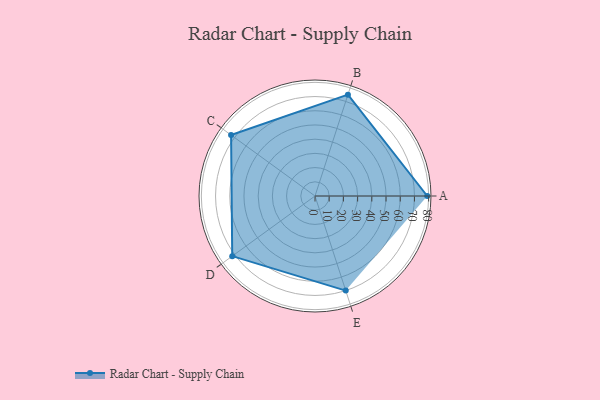
{"axis": {"x": "Skill", "y": "Score"}, "legend": ["Profile"], "data": [{"x": "A", "y": 79.0, "type": "Profile"}, {"x": "B", "y": 75.0, "type": "Profile"}, {"x": "C", "y": 73.0, "type": "Profile"}, {"x": "D", "y": 72.0, "type": "Profile"}, {"x": "E", "y": 70.0, "type": "Profile"}]}